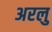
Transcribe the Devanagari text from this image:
अरलु